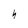
Character: h